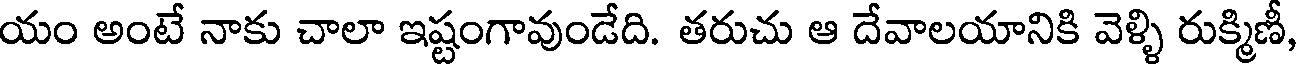
యం అంటే నాకు చాలా ఇష్టంగావుండేది. తరుచు ఆ దేవాలయానికి వెళ్ళి రుక్మిణీ,